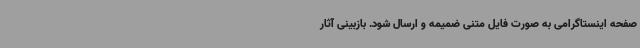
صفحه اینستاگرامی به صورت فایل متنی ضمیمه و ارسال شود. بازبینی آثار